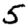
Digit: 5